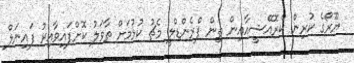
ޔޫރޯގެ ކުރިން ކްރޮއޭޝީއާއިން ތިން ފްރެންޑްލީ މެޗު ކުޅުމަށް ތާވަލު ކޮށްފައިވާއިރު ފައިނަލް